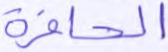
الحافرة